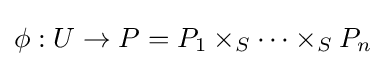
\phi :U\to P=P_{1}\times _{S}\cdots \times _{S}P_{n}